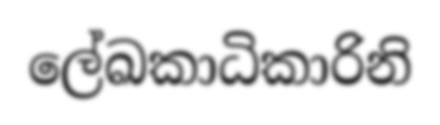
ලේඛකාධිකාරිනි